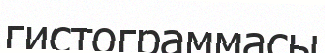
гистограммасы